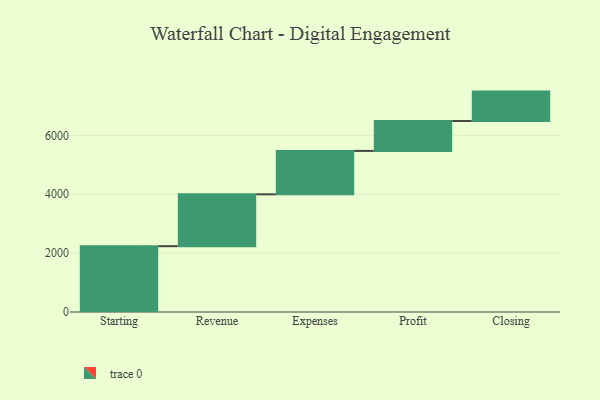
{"axis": {"x": "Step", "y": "Value"}, "legend": [""], "data": [{"x": "Starting", "y": 2236.0, "type": ""}, {"x": "Revenue", "y": 1762.0, "type": ""}, {"x": "Expenses", "y": 1476.0, "type": ""}, {"x": "Profit", "y": 1015.0, "type": ""}, {"x": "Closing", "y": 1000, "type": ""}]}